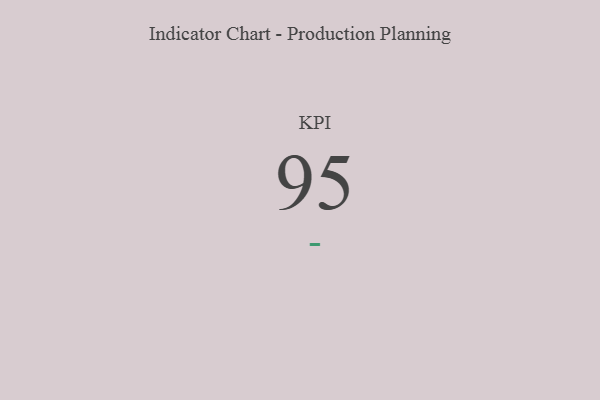
{"axis": {"x": "KPI", "y": "Value"}, "legend": [""], "data": [{"x": "KPI", "y": 95, "type": ""}]}